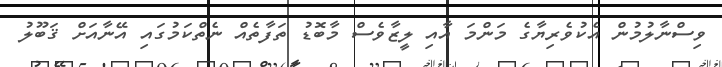
ވިސްނާލުމުން އެކުވެރިޔާގެ މަންމަ އާއި ލީޒާވެސް މާބޮޑު ތަފާތެއް ނެތްކަމުގައި އޭނާއަށް ޤަބޫލު